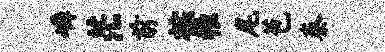
嶙茫前棕稚尾苞泰